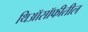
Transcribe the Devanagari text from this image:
थिऑसॉफीतील